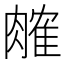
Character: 𬛎